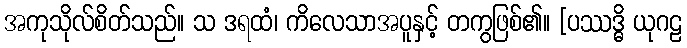
အကုသိုလ်စိတ်သည်။ သ ဒရထံ၊ ကိလေသာအပူနှင့် တကွဖြစ်၏။ [ပဿဒ္ဓိ ယုဂဠ